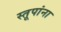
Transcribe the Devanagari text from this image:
स्तूपांना